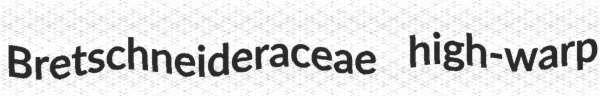
Bretschneideraceae high-warp